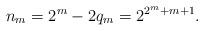
\begin{align*}n_m=2^m-2 q_m= 2^{2^m+m+1}.\end{align*}